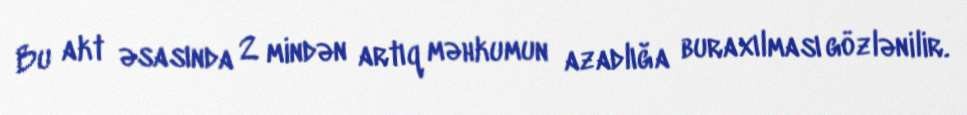
Bu akt əsasında 2 mindən artıq məhkumun azadlığa buraxılması gözlənilir.